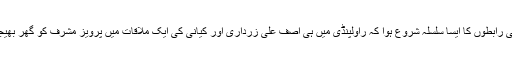
اس ملاقات کے بعد باہمی رابطوں کا ایسا سلسلہ شروع ہوا کہ راولپنڈی میں ہی آصف علی زرداری اور کیانی کی ایک ملاقات میں پرویز مشرف کو گھر بھیجنے کا فیصلہ کر لیا گیا۔